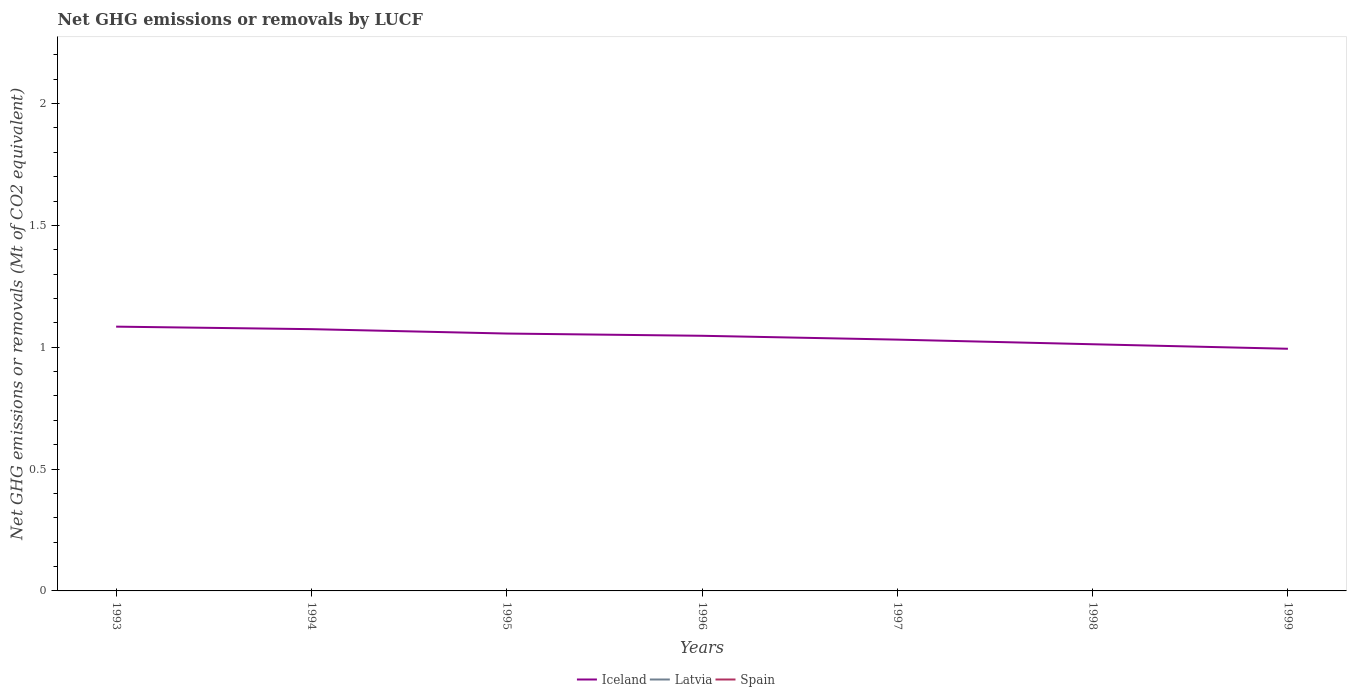
| Years | Iceland | Latvia | Spain |
 | --- | --- | --- | --- |
 | 1993 | 1.08 | -17.6 | -16.9 |
 | 1994 | 1.07 | -16.9 | -19 |
 | 1995 | 1.06 | -16.2 | -19.2 |
 | 1996 | 1.05 | -17.7 | -19.9 |
 | 1997 | 1.03 | -15.1 | -21.5 |
 | 1998 | 1.01 | -14.1 | -22.3 |
 | 1999 | 0.994 | -13.6 | -22.7 |